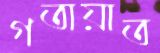
গতায়াত